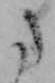
た